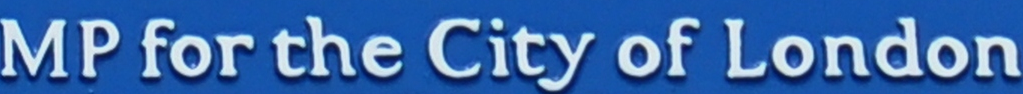
MP for the City of London